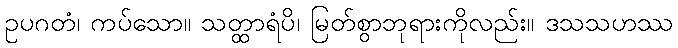
ဥပဂတံ၊ ကပ်သော။ သတ္ထာရံပိ၊ မြတ်စွာဘုရားကိုလည်း။ ဒသသဟဿ